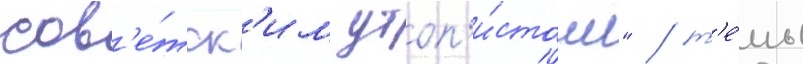
сов'е́тск'им утоп'и́стом" / т'е́мы